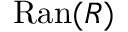
\mathrm { R a n } ( R )